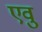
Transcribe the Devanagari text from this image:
एवु